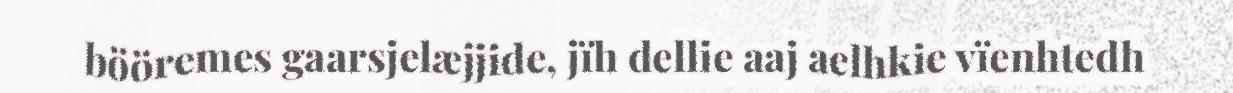
bööremes gaarsjelæjjide, jïh dellie aaj aelhkie vïenhtedh